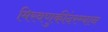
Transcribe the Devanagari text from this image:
मिरवणुकींदरम्यान